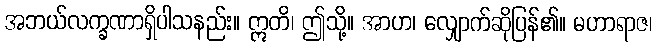
အဘယ်လက္ခဏာရှိပါသနည်း။ ဣတိ၊ ဤသို့။ အာဟ၊ လျှောက်ဆိုပြန်၏။ မဟာရာဇ၊